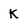
Character: K